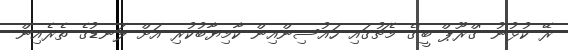
ރޭ ކުޅުނު 'ގްރޫޕް ބީ'ގެ މެޗުގައި ހައުސިންއިން ކާމިޔާބުކުރި އަށް ލަނޑުގެ ތެރެއިން